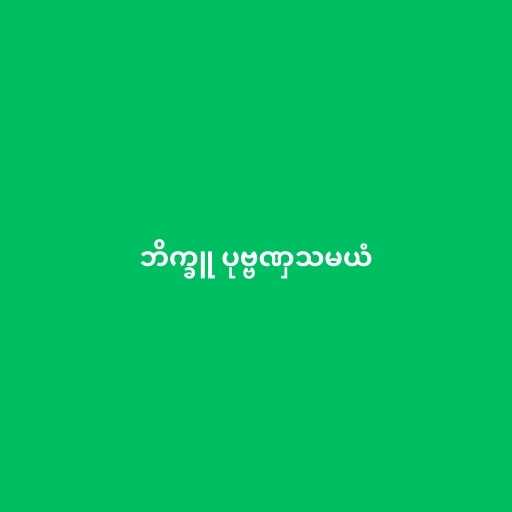
ဘိက္ခူ ပုဗ္ဗဏှသမယံ